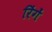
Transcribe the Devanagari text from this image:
रिंगें